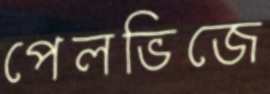
পেলভিজে